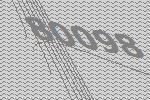
80098